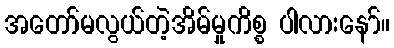
အတော်မလွယ်တဲ့အိမ်မှုကိစ္စ ပါလားနော်။